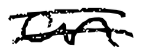
Text: an
Cross-out: double-line
Writing tool: digital_black